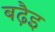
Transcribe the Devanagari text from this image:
बढ़ैइ